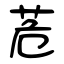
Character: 苊